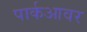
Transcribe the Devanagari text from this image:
पार्कआवर